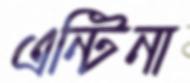
এন্টিনা